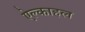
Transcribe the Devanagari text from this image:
ऐल्काहल